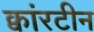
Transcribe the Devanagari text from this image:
क्वांरटीन